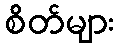
စိတ်များ